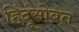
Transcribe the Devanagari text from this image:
हिंदूंसोबत